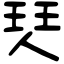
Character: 珡